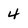
Character: 4